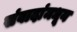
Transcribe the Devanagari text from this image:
संवादांमधून